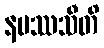
နမဿသီတိ